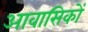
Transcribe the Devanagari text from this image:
आवासिकों